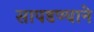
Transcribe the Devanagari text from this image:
सापडण्याने